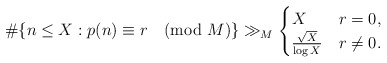
\begin{align*} \#\{ n\leq X : p(n)\equiv r \pmod{M} \} \gg_{M} \begin{cases}X &r=0,\\\frac{\sqrt{X}}{\log X} &r\neq 0.\end{cases}\end{align*}